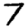
Digit: 7